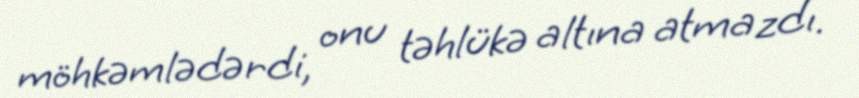
möhkəmlədərdi, onu təhlükə altına atmazdı.